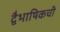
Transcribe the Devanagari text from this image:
द्वैभाषिकची